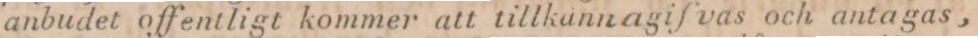
anbudet offentligt kommer att tillkannagifvas och antagas,